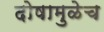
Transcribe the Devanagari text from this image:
दोषामुळेच